Indian journal of veterinary science and animal husbandry - Volume 10,
Year: 1940
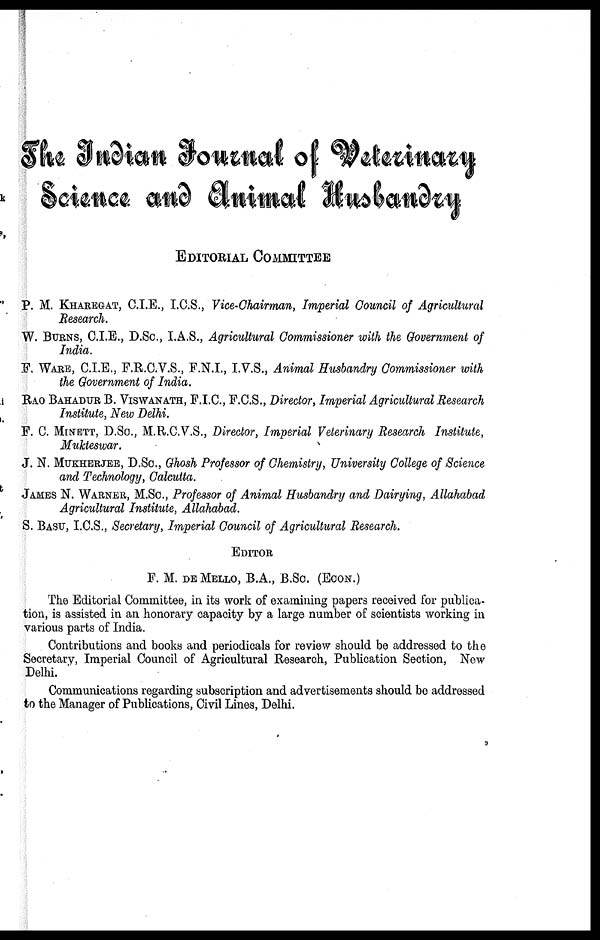
The Indian Joural of Veterinary
Sciece and Animal Husbandry
EDITORIAL COMMITTEE
P. M. KHAREGAT, C.I.E., I.C.S., Vice-Chairman, Imperial Council of Agricultural
Research.
W. BURNS, C.I.E., D.Sc., I.A.S., Agricultural Commissioner with the Government of
India.
F. WARE, C.I.E., F.R.C.V.S., F.N.I., I.V.S., Animal Husbandry Commissioner with
the Government of India.
RAO BAHADUR B. VISWANATH, F.I.C., F.C.S., Director, Imperial Agricultural Research
Institute, New Delhi.
F. C. MINETT, D.Sc., M.R.C.V.S., Director, Imperial Veterinary Research Institute,
Mukteswar.
J. N. MUKHERJEE, D.SC., Ghosh Professor of Chemistry, University College of Science
and Technology, Calcutta.
JAMES N. WARNER, M.SC., Professor of Animal Husbandry and Dairying, Allahabad
Agricultural Institute, Allahabad.
S. BASU, I.C.S., Secretary, Imperial Council of Agricultural Research.
EDITOR
F. M. DE MELLO, B.A., B.Sc. (ECON.)
The Editorial Committee, in its work of examining papers received for publica-
tion, is assisted in an honorary capacity by a large number of scientists working in
various parts of India.
Contributions and books and periodicals for review should be addressed to the
Secretary, Imperial Council of Agricultural Research, Publication Section, New
Delhi.
Communications regarding subscription and advertisements should be addressed
to the Manager of Publications, Civil Lines, Delhi.